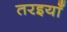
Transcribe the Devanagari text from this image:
तरइयाँ